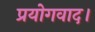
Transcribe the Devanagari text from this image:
प्रयोगवाद।